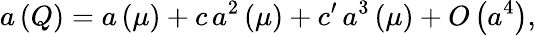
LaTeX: a\left(Q\right)=a\left(\mu\right)+c\, a^{2}\left(\mu\right)+c^{\prime}\, a^{3}\left(\mu\right)+O\left(a^{4}\right),